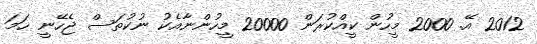
2012 އޭ. 2000 މީހުން ކީއްކުރަން 20000 މީހުންނާއެކު ނުކުތަސް ޖެހޭނީ ހަމަ